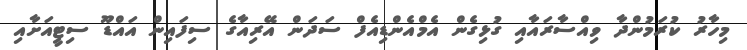
މިހާރުު ކުރަމުންދާ ވިއްސާރައާއި ގުޅިގެން އެމްއެންޑިއެފް ސަދަން އޭރިއާގެ ސިފައިން އައްޑޫ ސިޓީއަށާއި